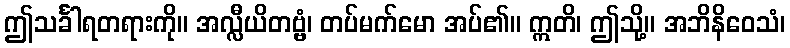
ဤသင်္ခါရတရားကို။ အလ္လီယိတဗ္ဗံ၊ တပ်မက်မော အပ်၏။ ဣတိ၊ ဤသို့။ အဘိနိဝေသံ၊